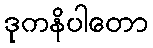
ဒုကနိပါတော